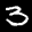
Label: 3